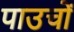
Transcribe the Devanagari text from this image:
पाउचों